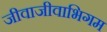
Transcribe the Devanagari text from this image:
जीवाजीवाभिगम